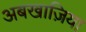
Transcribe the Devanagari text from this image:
अबखाज़िया